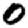
Digit: 0